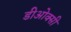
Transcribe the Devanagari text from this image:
डीओक्सी